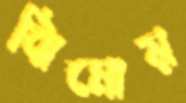
ঝিমোয়